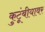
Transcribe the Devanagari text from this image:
कुटूंबीयावर